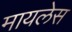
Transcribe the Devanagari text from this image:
मायलेस